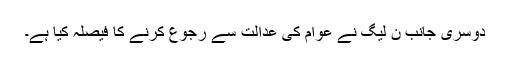
دوسری جانب ن لیگ نے عوام کی عدالت سے رجوع کرنے کا فیصلہ کیا ہے۔